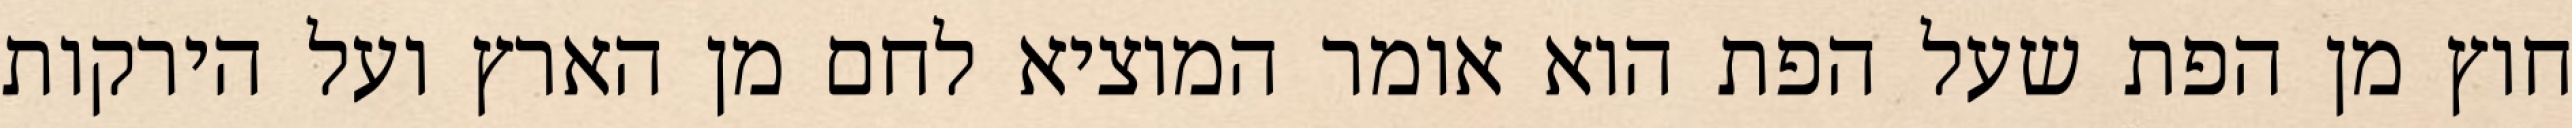
חוץ מן הפת שעל הפת הוא אומר המוציא לחם מן הארץ ועל הירקות